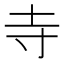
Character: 寺